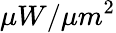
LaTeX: \mu W/{\mu m}^{2}